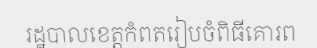
រដ្ឋបាលខេត្តកំពតរៀបចំពិធីគោរព